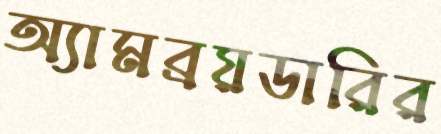
অ্যামব্রয়ডারির